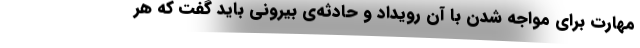
مهارت برای مواجه شدن با آن رویداد و حادثه‌ی بیرونی باید گفت که هر